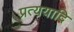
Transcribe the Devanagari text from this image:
प्रत्ययादि